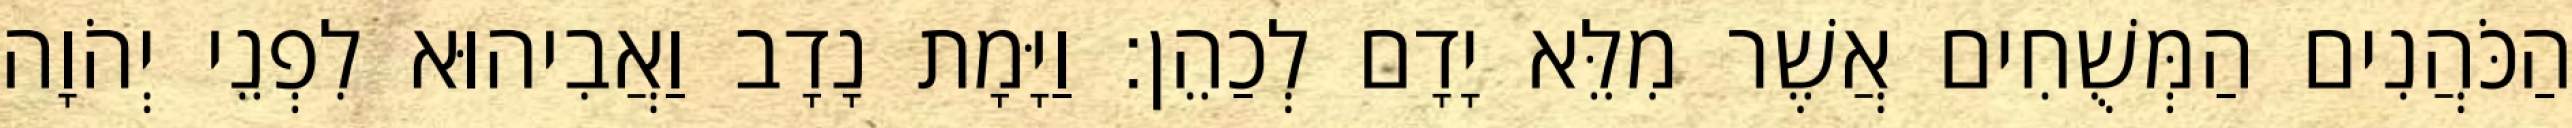
הַכֹּהֲנִים הַמְּשֻׁחִים אֲשֶׁר מִלֵּא יָדָם לְכַהֵן׃ וַיָּמָת נָדָב וַאֲבִיהוּא לִפְנֵי יְהֹוָה